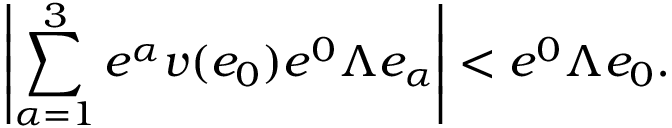
\left| \sum _ { \alpha = 1 } ^ { 3 } e ^ { \alpha } v ( e _ { 0 } ) e ^ { 0 } \Lambda e _ { \alpha } \right| < e ^ { 0 } \Lambda e _ { 0 } .